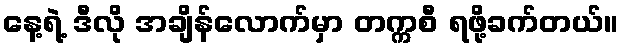
နေ့ရဲ့ ဒီလို အချိန်လောက်မှာ တက္ကစီ ရဖို့ခက်တယ်။